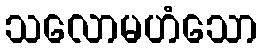
သလောမဟံသော